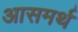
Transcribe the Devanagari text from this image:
आसमर्थ